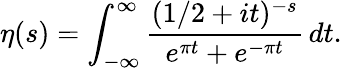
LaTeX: \eta(s)=\int_{-\infty}^{\infty}{\frac{(1/2+it)^{-s}}{e^{\pi t}+e^{-\pi t}}}\, dt.